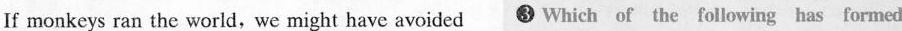
If monkeys ran the world, we might have avoided Which of the following has formed